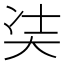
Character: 𭑋